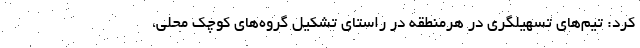
کرد: تیم‌های تسهیلگری در هرمنطقه در راستای تشکیل گروه‌های کوچک محلی،